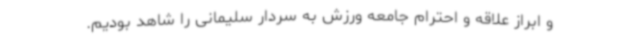
و ابراز علاقه و احترام جامعه ورزش به سردار سلیمانی را شاهد بودیم.